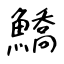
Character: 鱎